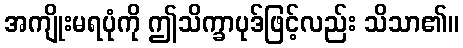
အကျိုးမရပုံကို ဤသိက္ခာပုဒ်ဖြင့်လည်း သိသာ၏။